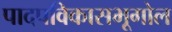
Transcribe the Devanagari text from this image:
पादपविकासभूगोल